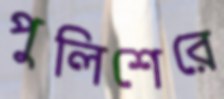
পুলিশেরে